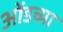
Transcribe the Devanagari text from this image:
ओंडच्या